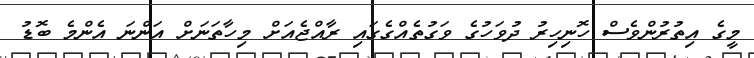
މީގެ އިތުރުންވެސް ހޮނިހިރު ދުވަހުގެ ވަގުތެއްގެގައި ރާއްޖެއަށް މިހާތަނަށް އަންނަ އެންމެ ބޮޑު